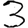
Digit: 3